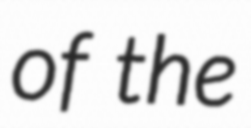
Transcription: of the